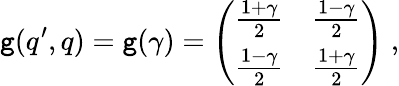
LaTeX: \mathtt{g}(q^{\prime},q)=\mathtt{g}(\gamma)=\left(\begin{array}{cc}{{\frac{1+\gamma}{2}}}&{{\frac{1-\gamma}{2}}}\\ {{\frac{1-\gamma}{2}}}&{{\frac{1+\gamma}{2}}}\end{array}\right)\; ,